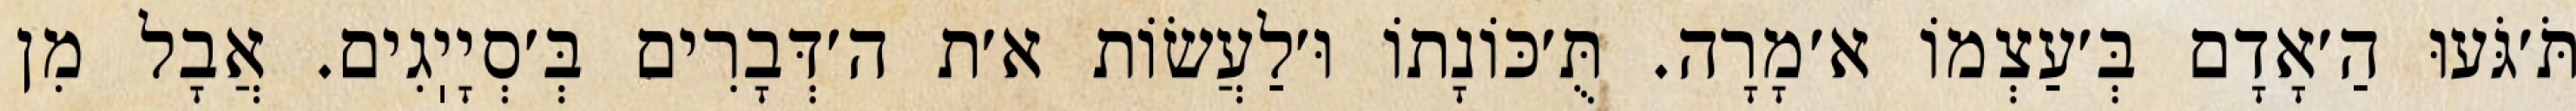
תֹּ׳גֹּעוּ הַ׳אָדָם בְּ׳עַצְמוֹ א׳מָרָה. תֻּ׳כּוֹנָתוֹ וּ׳לַעֲשׂוֹת א׳ת ה׳דְּבָרִים בְּ׳סְיָיֽגִים. אֲבָל מִן